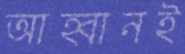
আহ্বানই